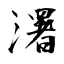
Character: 濖